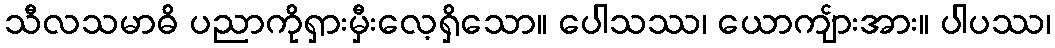
သီလသမာဓိ ပညာကိုရှားမှီးလေ့ရှိသော။ ပေါသဿ၊ ယောကျ်ားအား။ ပါပဿ၊